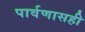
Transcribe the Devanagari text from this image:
पार्वणासही